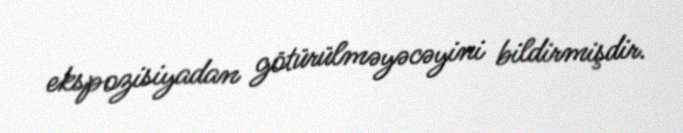
ekspozisiyadan götürülməyəcəyini bildirmişdir.